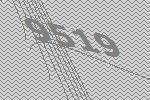
9519